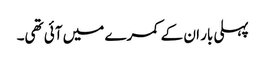
پہلی بار ان کے کمرے میں آئی تھی۔